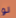
لو